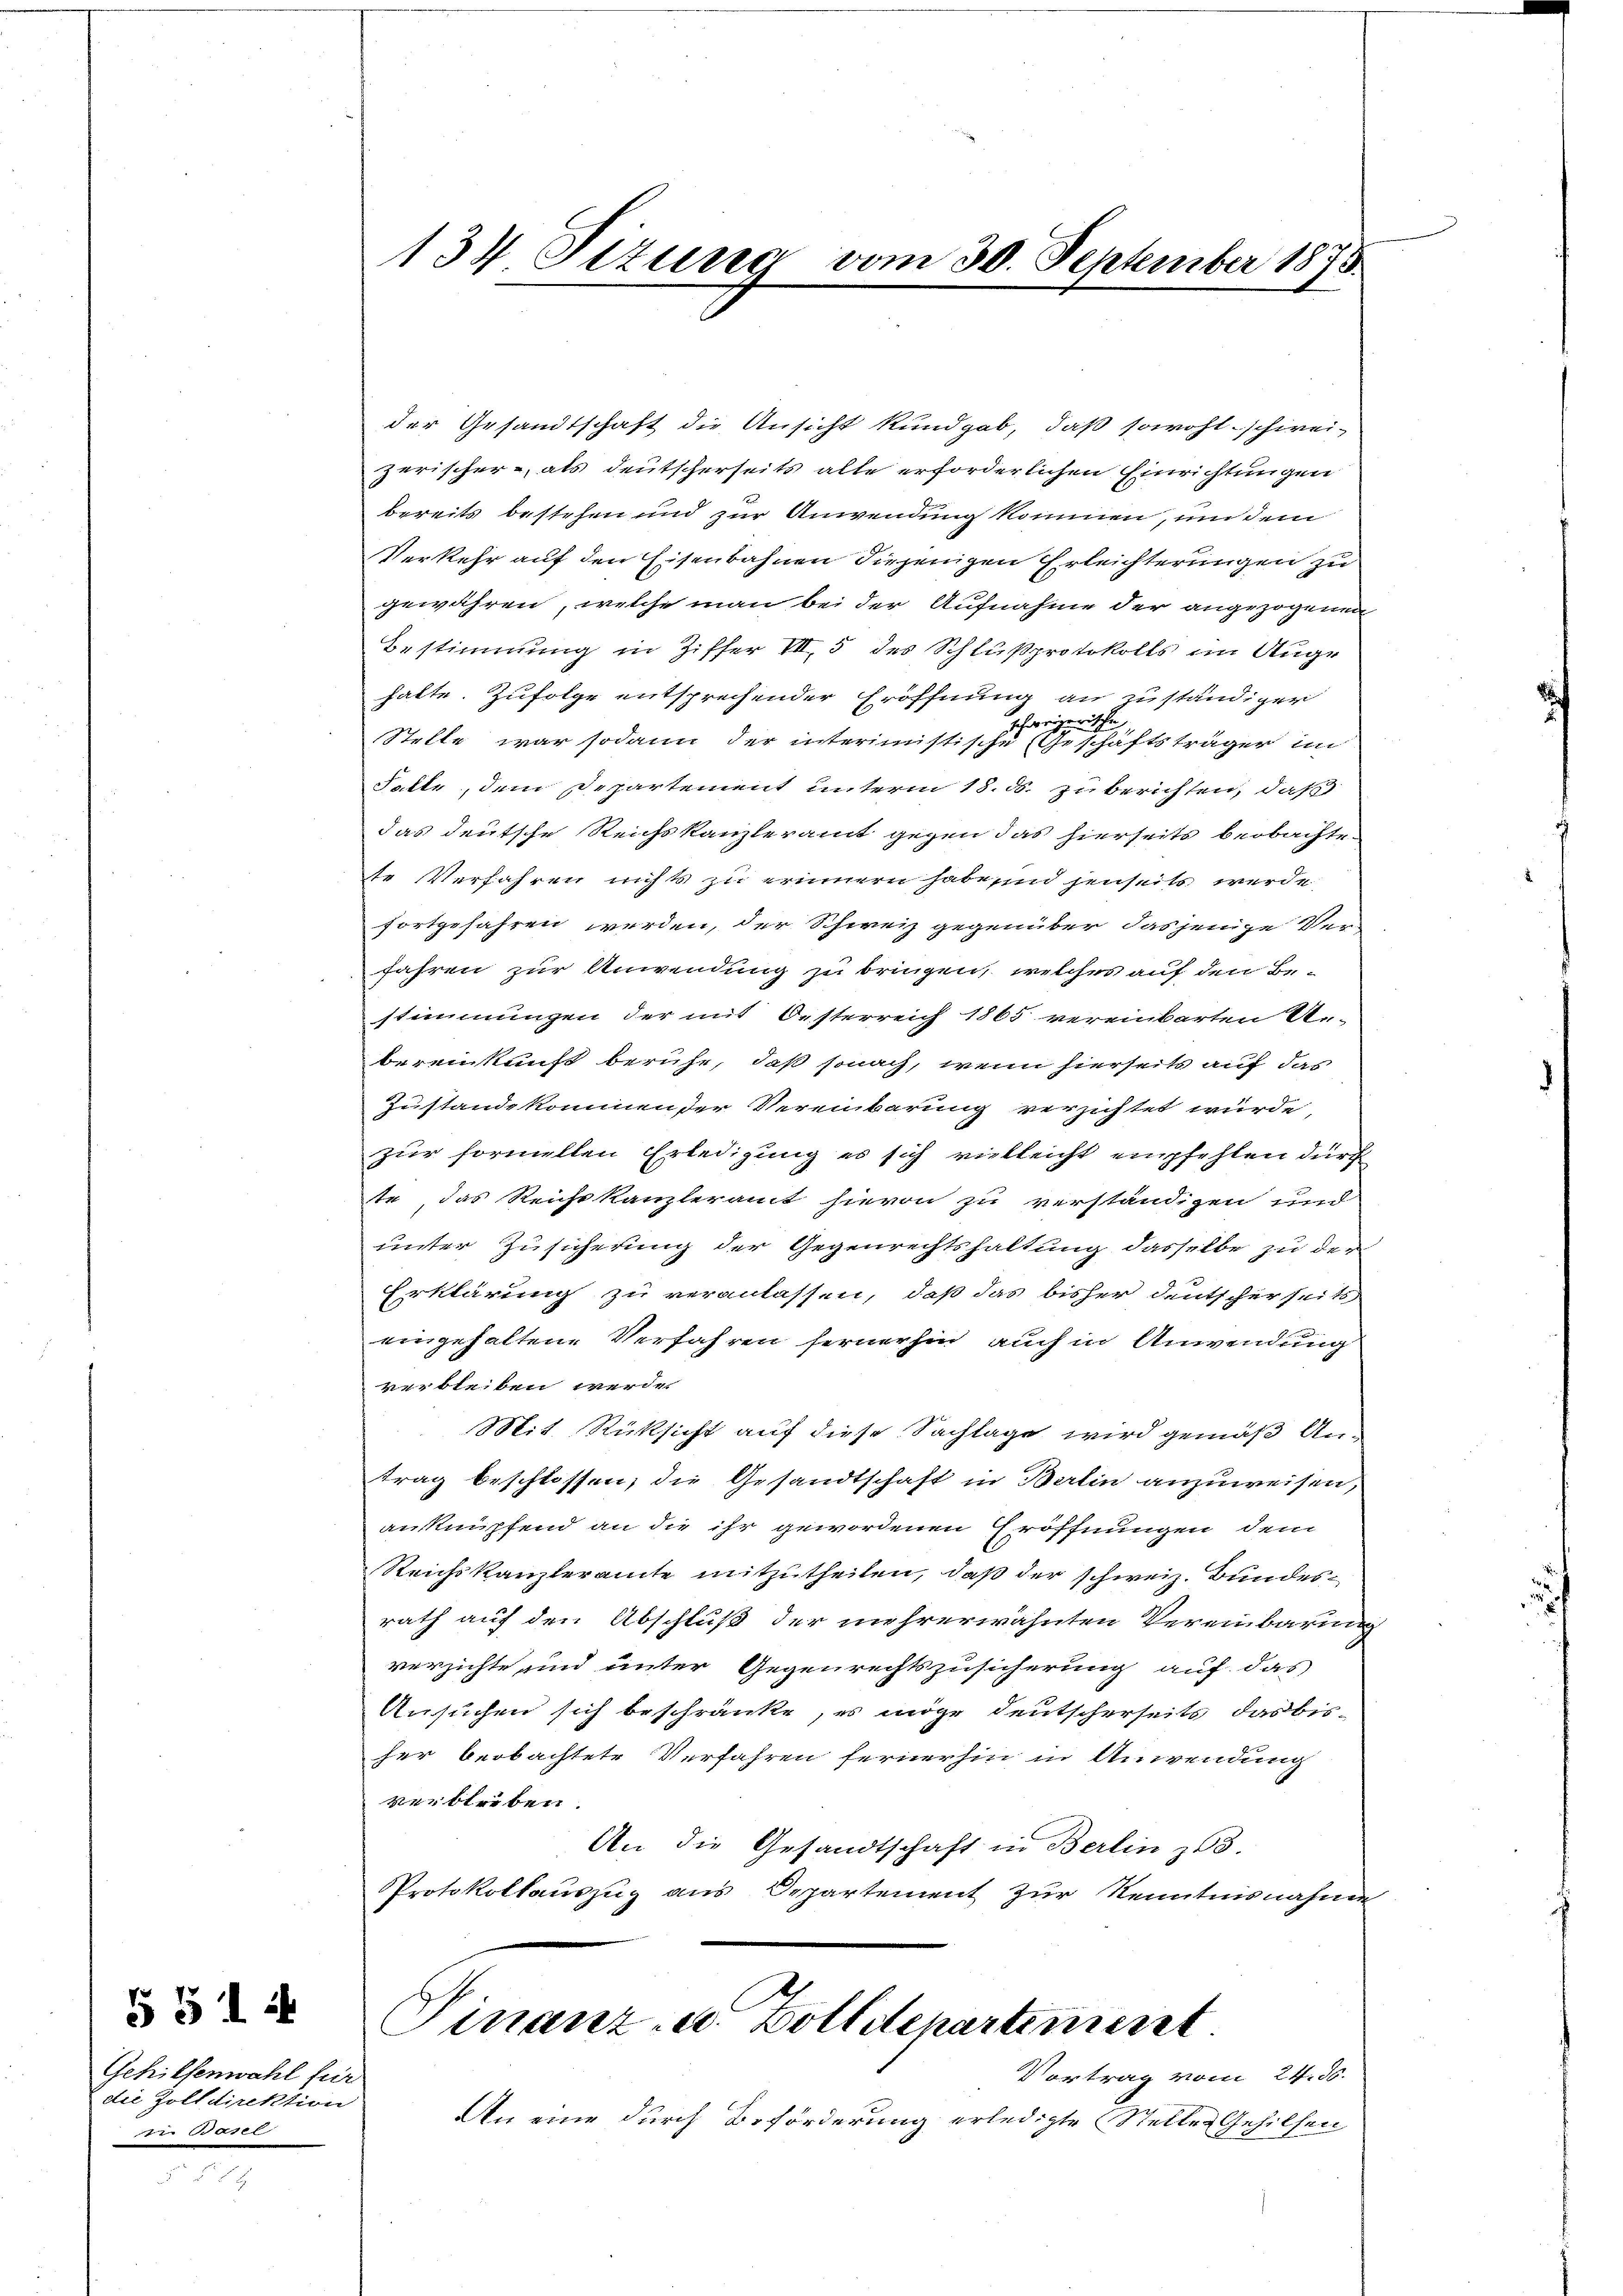
5514
Gehilfenwahl für
die Zolldirektion
i Basel

134 Sizung vom 30. September 1875.

der Gesandtschaft die Ansicht kundgab, daß sowohl schweizerischer, als deutscherseits alte erforderlichen Einrichtungen
bereits bestehen und zur Anwendung kommen, und dem
Verkehr auf den Eisenbahnen diejenigen Erleichterungen zu
gewähren, welche man bei der Aufnahme der angezogenen
Bestimmung in Ziffer VII, 5 des Schlußprotokolls im Auge
halte. Zufolge entsprechender Eröffnung an zuständiger
schweizerische
Stelle war sodann der interimistische Geschäftsträger im
Satte, dem Departement unterm 18. ds. zu berichten, daß
das deutsche Reichskanzleramt gegen das hierseits beobachte.
te Verfahren nichts zu erinnern habe in jenseits wurde
fortgefahren werden, der Schweiz gegenüber dasjenige Ver-
fahren zur Anwendung zu bringen, welches auf den Bestimmungen der mit Oesterreich 1865 vereinbarten Unbereinkunft beruhe, daß sonach, wenn hierseits auf das
Zustandekommender Vereinbarung verzichtet würde,
zur formellen Erledigung es sich vielleicht empfehlen durch
te, das Reichtkanzleramt hievon zu verständigen und
unter Zusicherung der Gegenrechtshaltung dasselbe zu der
Erklärung zu veranlassen, daß das bisher deutscherseits
eingehaltene Verfahren fernerhin auch in Anwendung
verbleiben werde.
Mit Rücksicht auf diese Sachlage wird gemäß Antrag beschlossen, die Gesandtschaft in Berlin anzuweisen,
anknüpfend an die ihr gewordenen Eröffnungen dem
Reichskanzleramte mitzutheilen, daß der schweiz. Bundesrath auf den Abschluß der mehrerwähnten Vereinbarung
verzichte und unter Gegenrechtszusicherung auf das
Ansuchen sich beschränke, es möge deutscherseits das bisher beobachtete Verfahren fernerhin in Anwendung
verbleiben.
An die Gesandtschaft in Berlin 163.
Protokollauszug aus Departement zur Kenntnisnahme
Finanz- u. Bolldepartement
Vortrag vom 24. ds.
An eine durch Beförderung erledigte Stelle Gehilfen